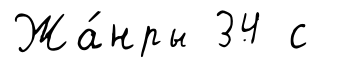
Жа́нры 34 с